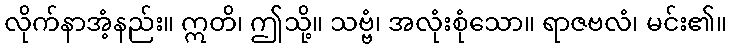
လိုက်နာအံ့နည်း။ ဣတိ၊ ဤသို့။ သဗ္ဗံ၊ အလုံးစုံသော။ ရာဇဗလံ၊ မင်း၏။